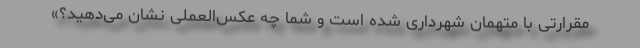
مقرارتی با متهمان شهرداری شده است و شما چه عکس‌العملی نشان می‌دهید؟»